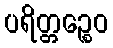
ပရိတ္တဉ္စေဝ